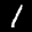
Label: 1